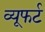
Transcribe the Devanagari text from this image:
व्यूफर्ट